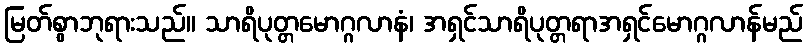
မြတ်စွာဘုရားသည်။ သာရိပုတ္တမောဂ္ဂလာနံ၊ အရှင်သာရိပုတ္တရာအရှင်မောဂ္ဂလာန်မည်